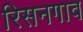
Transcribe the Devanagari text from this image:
रिसनगाव